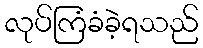
လုပ်ကြံခံခဲ့ရသည်